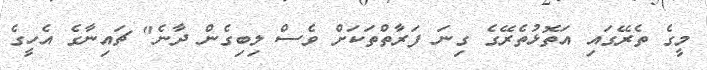
މީގެ ތެރޭގައި އަތޮޅުތެރޭގެ ގިނަ ފަރާތްތަކަށް ވެސް ލިބިގެން ދާނެ" ޗައިނާގެ އެހީގެ